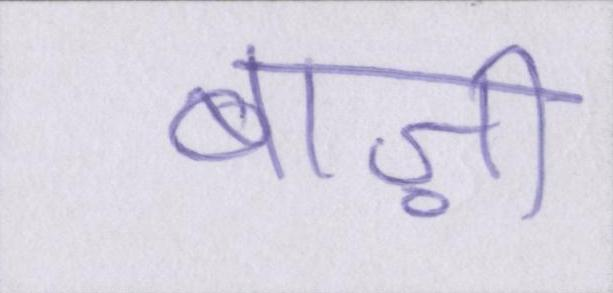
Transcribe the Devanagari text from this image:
बाज़ी